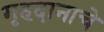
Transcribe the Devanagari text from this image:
गृहदानाचे